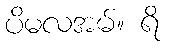
ပိမလအမ်။ ရိ